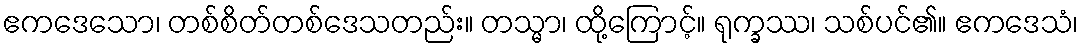
ဧကဒေသော၊ တစ်စိတ်တစ်ဒေသတည်း။ တသ္မာ၊ ထို့ကြောင့်။ ရုက္ခဿ၊ သစ်ပင်၏။ ဧကဒေသံ၊